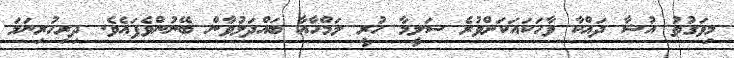
މިވަގުތު އުޝާ ދައްކާ ވާހަކައަކަށްވުރެ ސަލީމާ ހުރީ ލަމްހާއާ ބައްދަލުވާން ބޭނުންވެފައެވެ. ދިރިހުރިނަމަ